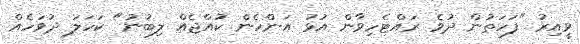
ވީއިރު "ފަހަތުން ދުވެ ރައްޓެހިވާން އުޅު އަންހެން ކުއްޖެއް ލިބުނު" ކަހަލަ ދުވަހެއް